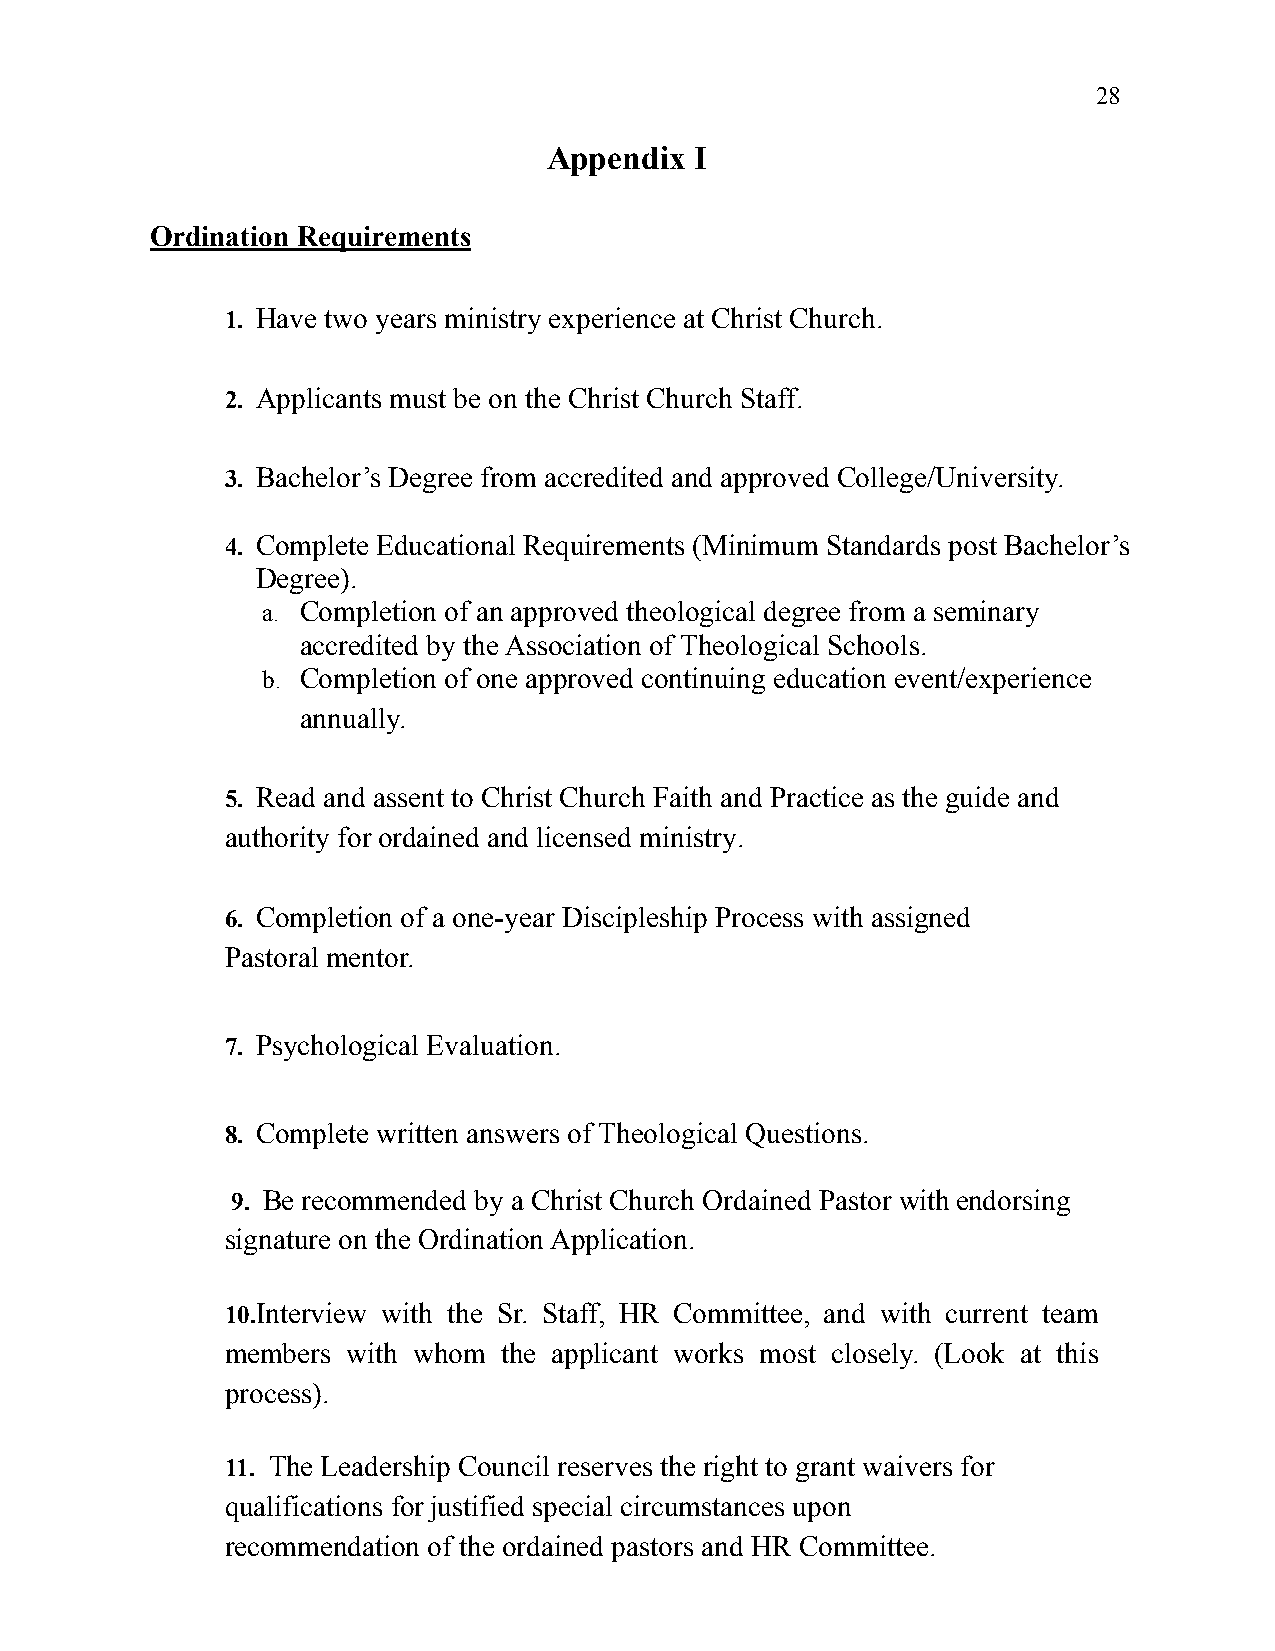
28
 Appendix  I
 Ordination Requirements
 1. Have two years ministry experience at Christ Church.
 2. Applicants must be on the Christ Church Staff.
 3. Bachelor’s Degree from accredited and approved College/University.
 4. Complete Educational Requirements (Minimum Standards post Bachelor’s
 Degree).
 a. Completion of an approved theological degree from a seminary
 accredited by the Association of Theological Schools.
 b. Completion of one approved continuing education event/experience
 annually.
 5. Read and assent to Christ Church Faith and Practice as the guide and
 authority for ordained and licensed ministry.
 6. Completion of a one-year Discipleship Process with assigned
 Pastoral mentor.
 7. Psychological Evaluation.
 8. Complete written answers of Theological Questions.
 9. Be recommended by a Christ Church Ordained Pastor with endorsing
 signature on the Ordination Application.
 10.Interview with the Sr. Staff, HR Committee, and with current team
 members with whom the applicant works most closely. (Look at this
 process).
 11. The Leadership Council reserves the right to grant waivers for
 qualifications for justified special circumstances upon
 recommendation of the ordained pastors and HR Committee.